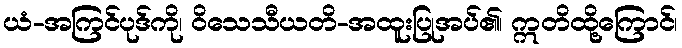
ယံ-အကြင်ပုဒ်ကို၊ ဝိသေသီယတိ-အထူးပြုအပ်၏၊ ဣတိထို့ကြောင်၊